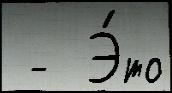
 -  Э́то